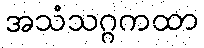
အသံသဂ္ဂကထာ